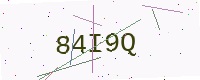
Text: 84I9Q